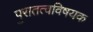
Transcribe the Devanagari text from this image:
पुरातत्वविषयक